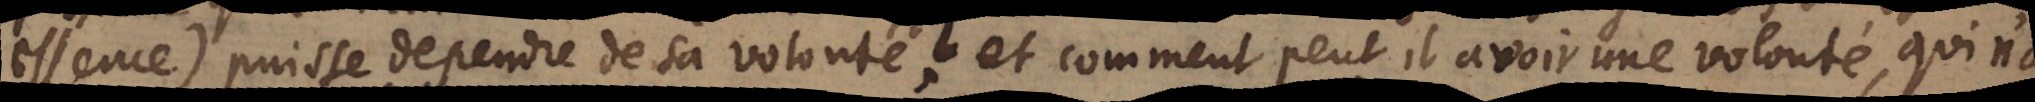
essence) puisse dependre de sa volonté? etcomment peut il avoir une volonté, qui n’a